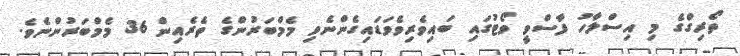
ތޯރިގްގެ މި އިސްލާހު ފާސްވީ ވޯޓުގައި ބައިވެރިވެވަޑައިގެންނެވި މެމްބަރުންގެ ތެރެއިން 36 މެމްބަރުންނެވެ.